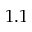
1 . 1